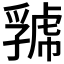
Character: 𧇧